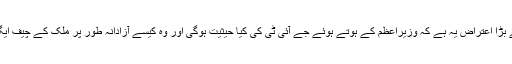
پانامہ پیپرز پر عدالتی فیصلہ آیا ہے جس پر سب سے بڑا اعتراض یہ ہے کہ وزیراعظم کے ہوتے ہوئے جے آئی ٹی کی کیا حیثیت ہوگی اور وہ کیسے آزادانہ طور پر ملک کے چیف ایگزیکٹو کے خلاف کریمنل انوسٹی گیشن کرسکے گی۔